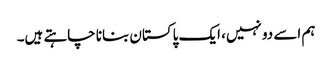
ہم اسے دو نہیں، ایک پاکستان بنانا چاہتے ہیں۔